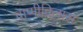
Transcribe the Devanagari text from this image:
वाणीविलास